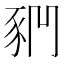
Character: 𧰶